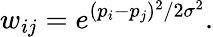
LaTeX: w_{ij}=e^{(p_{i}-p_{j})^{2}/2\sigma^{2}}.